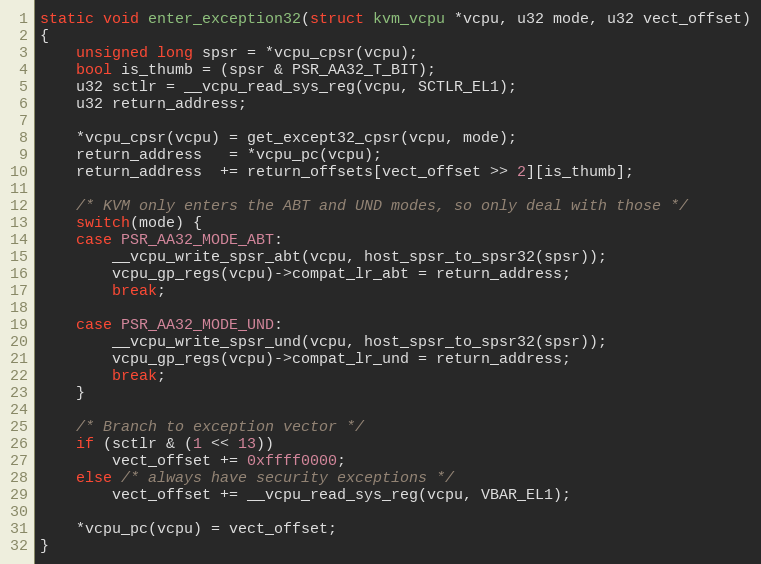
Language: C
static void enter_exception32(struct kvm_vcpu *vcpu, u32 mode, u32 vect_offset)
{
	unsigned long spsr = *vcpu_cpsr(vcpu);
	bool is_thumb = (spsr & PSR_AA32_T_BIT);
	u32 sctlr = __vcpu_read_sys_reg(vcpu, SCTLR_EL1);
	u32 return_address;

	*vcpu_cpsr(vcpu) = get_except32_cpsr(vcpu, mode);
	return_address   = *vcpu_pc(vcpu);
	return_address  += return_offsets[vect_offset >> 2][is_thumb];

	/* KVM only enters the ABT and UND modes, so only deal with those */
	switch(mode) {
	case PSR_AA32_MODE_ABT:
		__vcpu_write_spsr_abt(vcpu, host_spsr_to_spsr32(spsr));
		vcpu_gp_regs(vcpu)->compat_lr_abt = return_address;
		break;

	case PSR_AA32_MODE_UND:
		__vcpu_write_spsr_und(vcpu, host_spsr_to_spsr32(spsr));
		vcpu_gp_regs(vcpu)->compat_lr_und = return_address;
		break;
	}

	/* Branch to exception vector */
	if (sctlr & (1 << 13))
		vect_offset += 0xffff0000;
	else /* always have security exceptions */
		vect_offset += __vcpu_read_sys_reg(vcpu, VBAR_EL1);

	*vcpu_pc(vcpu) = vect_offset;
}